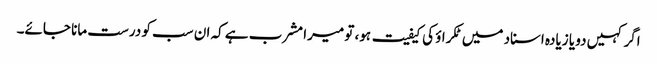
اگر کہیں دو یا زیادہ اسناد میں ٹکراؤ کی کیفیت ہو، تو میرا مشرب ہے کہ ان سب کو درست مانا جائے۔